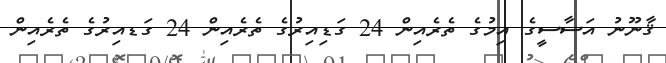
ޤާނޫނު އަސާސީގެ އިމުގެ ތެރެއިން 24 ގަޑިއިރުގެ ތެރެއިން 24 ގަޑއިރުގެ ތެރެއިން